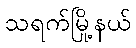
သရက်မြို့နယ်